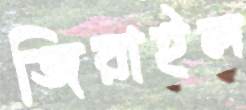
জিরাইল